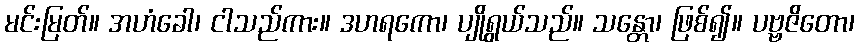
မင်းမြတ်။ အဟံခေါ၊ ငါသည်ကား။ ဒဟရကော၊ ပျိုရွယ်သည်။ သန္တော၊ ဖြစ်၍။ ပဗ္ဗဇိတော၊